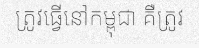
ត្រូវធ្វើនៅកម្ពុជា គឺត្រូវ